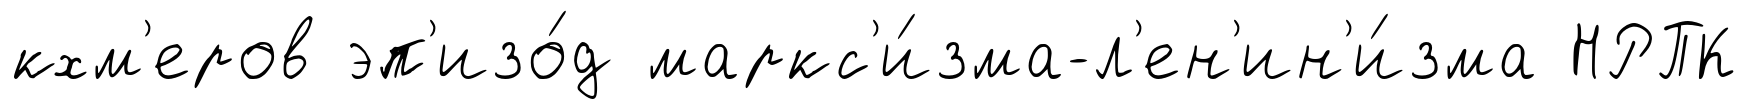
кхм'еров эп'изо́д маркс'и́зма-л'ен'ин'и́зма НРПК